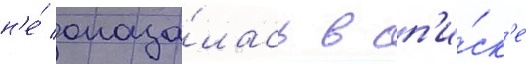
н'е́ оказа́лась в сп'и́ск'е